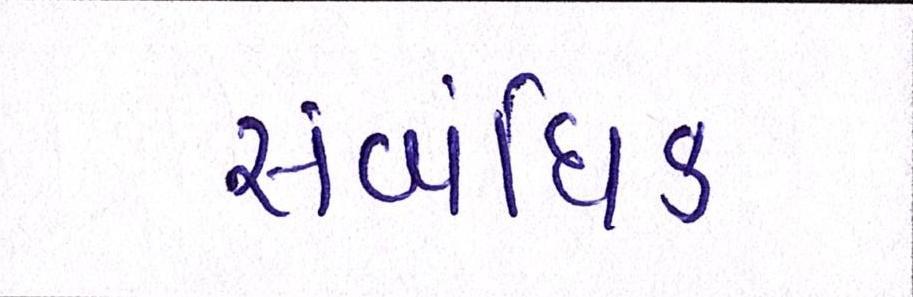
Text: સંબંધિક